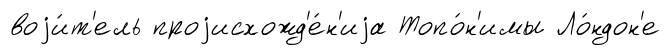
воjи́т'ель проjисхожд'е́н'иjа Топо́н'имы Ло́ндон'е